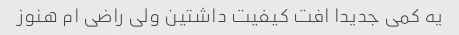
یه کمی جدیدا افت کیفیت داشتین ولی راضی ام هنوز